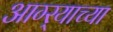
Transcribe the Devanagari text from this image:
आग्‍र्‍याच्या